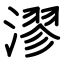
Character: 漻